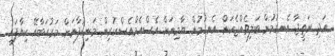
އަދި ނަތީޖާ އެނގުމުން ބަލިވެއްޖެކަން އެނގުމުން ޔާމިނަށް އެސްއެމްއެސްކުރިން މަނިކުފާނަށް މަރުހަބާއޭ ކިޔާފައި.